Annual administration and progress report of the Indian Medical Department, Bombay
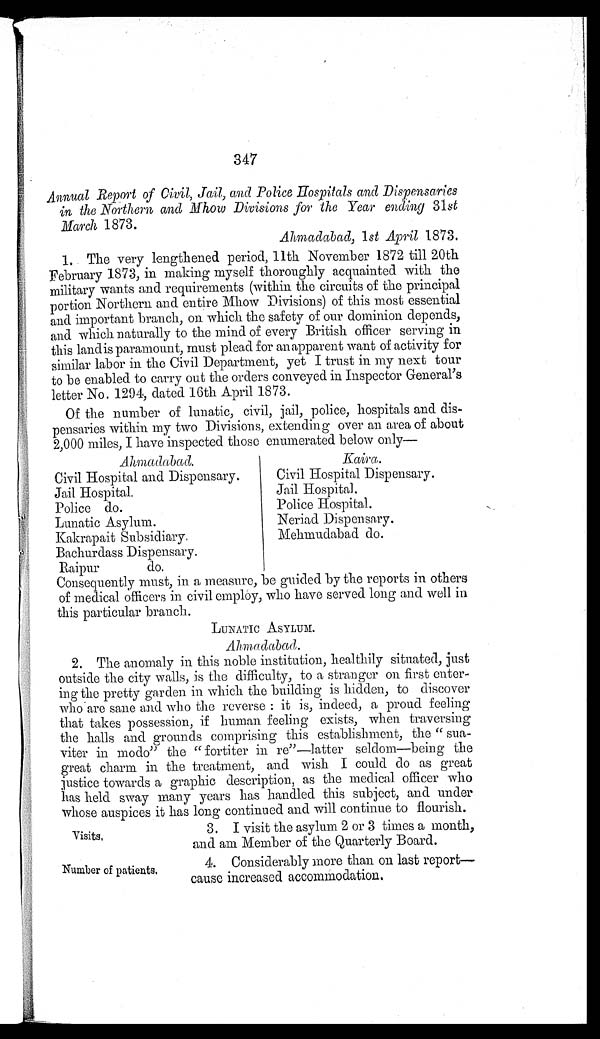
Visits.
Number of patients.
347
Annual Report of Civil, Jail, and Police Hospitals and Dispensaries
in the Northern and Mhow Divisions for the Year ending 31st
March 1873.
Ahmadabad, 1st April 1873,
1. The very lengthened period, 11th November 1872 till 20th
February 1873, in making myself thoroughly acquainted with the
military wants and requirements (within the circuits of the principal
portion Northern and entire Mhow Divisions) of this most essential
and important branch, on which the safety of our dominion depends,
and which naturally to the mind of every British officer serving in
this landis paramount, must plead for an apparent want of activity for
similar labor in the Civil Department, yet I trust in my next tour
to be enabled to carry out the orders conveyed in Inspector General's
letter No. 1294, dated 16th April 1873.
Of the number of lunatic, civil, jail, police, hospitals and dis
-pensaries within my two Divisions, extending over an area of about
2,000 miles, I have inspected those enumerated below only
Ahmadabad.
Kaira.
Civil Hospital and Dispensary.
Civil Hospital Dispensary.
Jail Hospital.
Jail Hospital.
Police do.
Police Hospital.
Lunatic Asylmn.
Neriad Dispensary.
Kakrapait Subsidiary.
Mehmudabad do.
Bachurdass Dispensary.
Raipur do.
Consequently must, in a measure, be guided by the reports in others
of medical officers in civil employ, who have served long and well in
this particular branch.
LUNATIC ASYLUM.
Ahmadabad.
2. The anomaly in this noble institution, healthily situated, just
outside the city walls, is the difficulty, to a stranger on first enter
-ing the pretty garden in which the building is hidden, to discover
who are sane and who the reverse: it is, indeed, a proud feeling
that takes possession, if human feeling exists, when traversing
the halls and grounds comprising this establishment, the "sua
-viter in modo" the "fortiter in re"—latter seldom—being the
great charm in the treatment, and wish I could do as great
justice towards a graphic description, as the medical officer who
has held sway many years has handled this subject, and under
whose auspices it has long continued and will continue to flourish.
3. I visit the asylum 2 or 3 times a month,
and am Member of the Quarterly Board.
4. Considerably more than on last report
—cause increased accommodation.